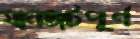
যানজটপূর্ণ